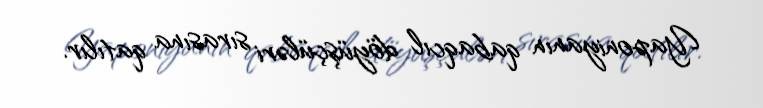
Yaponiyanın qabaqcıl döyüşçüləri sırasına qatılır.